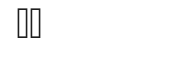
٣١